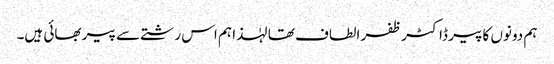
ہم دونوں کا پیر ڈاکٹر ظفر الطاف تھا لہٰذا ہم اس رشتے سے پیر بھائی ہیں۔